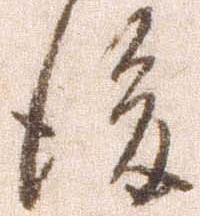
後